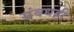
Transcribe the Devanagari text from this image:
संबधही